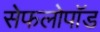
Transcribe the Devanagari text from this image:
सेफलोपॉड